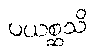
ပယစ္ဆသိ